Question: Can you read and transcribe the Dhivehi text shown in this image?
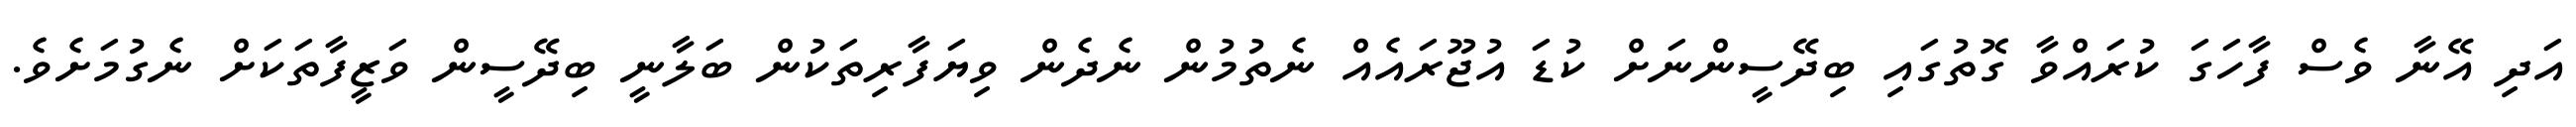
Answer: އަދި އޭނާ ވެސް ފާހަގަ ކުރައްވާ ގޮތުގައި ބިދޭސީންނަށް ކުޑަ އުޖޫރައެއް ނެތުމުން ނެދެން ވިޔަފާރިތަކުން ބަލާނީ ބިދޭސީން ވަޒީފާތަކަށް ނެގުމަށެވެ.